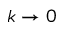
k \to 0